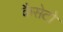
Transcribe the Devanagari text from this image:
कैसेटो